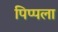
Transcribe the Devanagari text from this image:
पिप्पला